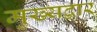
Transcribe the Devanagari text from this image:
मुख्‍यद्वार